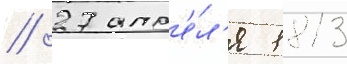
// 27 апр'е́л'я 1813